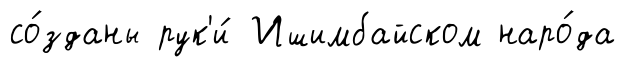
со́зданы рук'и́ Ишимбайском наро́да